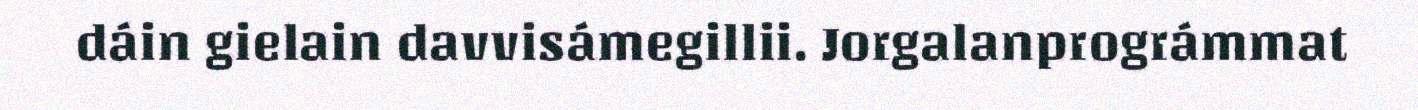
dáin gielain davvisámegillii. Jorgalanprográmmat